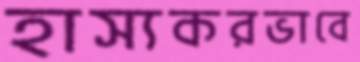
হাস্যকরভাবে